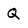
Character: Q